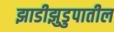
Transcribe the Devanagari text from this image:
झाडीझुडुपातील